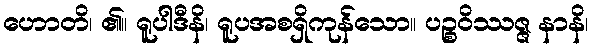
ဟောတိ၊ ၏။ ရူပါဒီနိ၊ ရူပအစရှိကုန်သော။ ပဉ္စဝိဿဇ္ဇ နာနိ၊